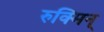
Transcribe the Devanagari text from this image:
रुक्मिन्‌